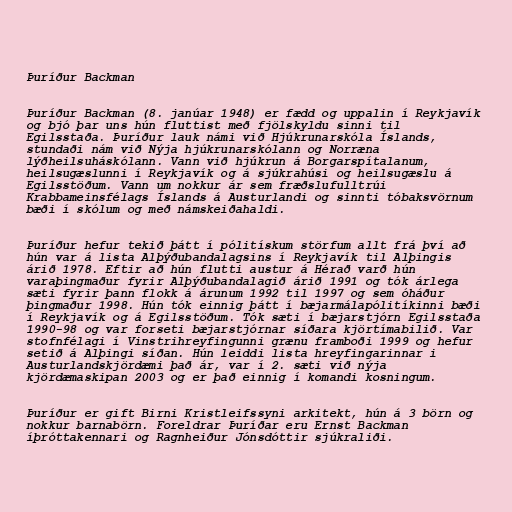
Þuríður Backman

Þuríður Backman (8. janúar 1948) er fædd og uppalin í Reykjavík
og bjó þar uns hún fluttist með fjölskyldu sinni til
Egilsstaða. Þuríður lauk námi við Hjúkrunarskóla Íslands,
stundaði nám við Nýja hjúkrunarskólann og Norræna
lýðheilsuháskólann. Vann við hjúkrun á Borgarspítalanum,
heilsugæslunni í Reykjavík og á sjúkrahúsi og heilsugæslu á
Egilsstöðum. Vann um nokkur ár sem fræðslufulltrúi
Krabbameinsfélags Íslands á Austurlandi og sinnti tóbaksvörnum
bæði í skólum og með námskeiðahaldi.

Þuríður hefur tekið þátt í pólitískum störfum allt frá því að
hún var á lista Alþýðubandalagsins í Reykjavík til Alþingis
árið 1978. Eftir að hún flutti austur á Hérað varð hún
varaþingmaður fyrir Alþýðubandalagið árið 1991 og tók árlega
sæti fyrir þann flokk á árunum 1992 til 1997 og sem óháður
þingmaður 1998. Hún tók einnig þátt í bæjarmálapólitíkinni bæði
í Reykjavík og á Egilsstöðum. Tók sæti í bæjarstjórn Egilsstaða
1990-98 og var forseti bæjarstjórnar síðara kjörtímabilið. Var
stofnfélagi í Vinstrihreyfingunni grænu framboði 1999 og hefur
setið á Alþingi síðan. Hún leiddi lista hreyfingarinnar i
Austurlandskjördæmi það ár, var í 2. sæti við nýja
kjördæmaskipan 2003 og er það einnig í komandi kosningum.

Þuríður er gift Birni Kristleifssyni arkitekt, hún á 3 börn og
nokkur barnabörn. Foreldrar Þuríðar eru Ernst Backman
íþróttakennari og Ragnheiður Jónsdóttir sjúkraliði.